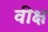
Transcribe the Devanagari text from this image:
वीक्ष